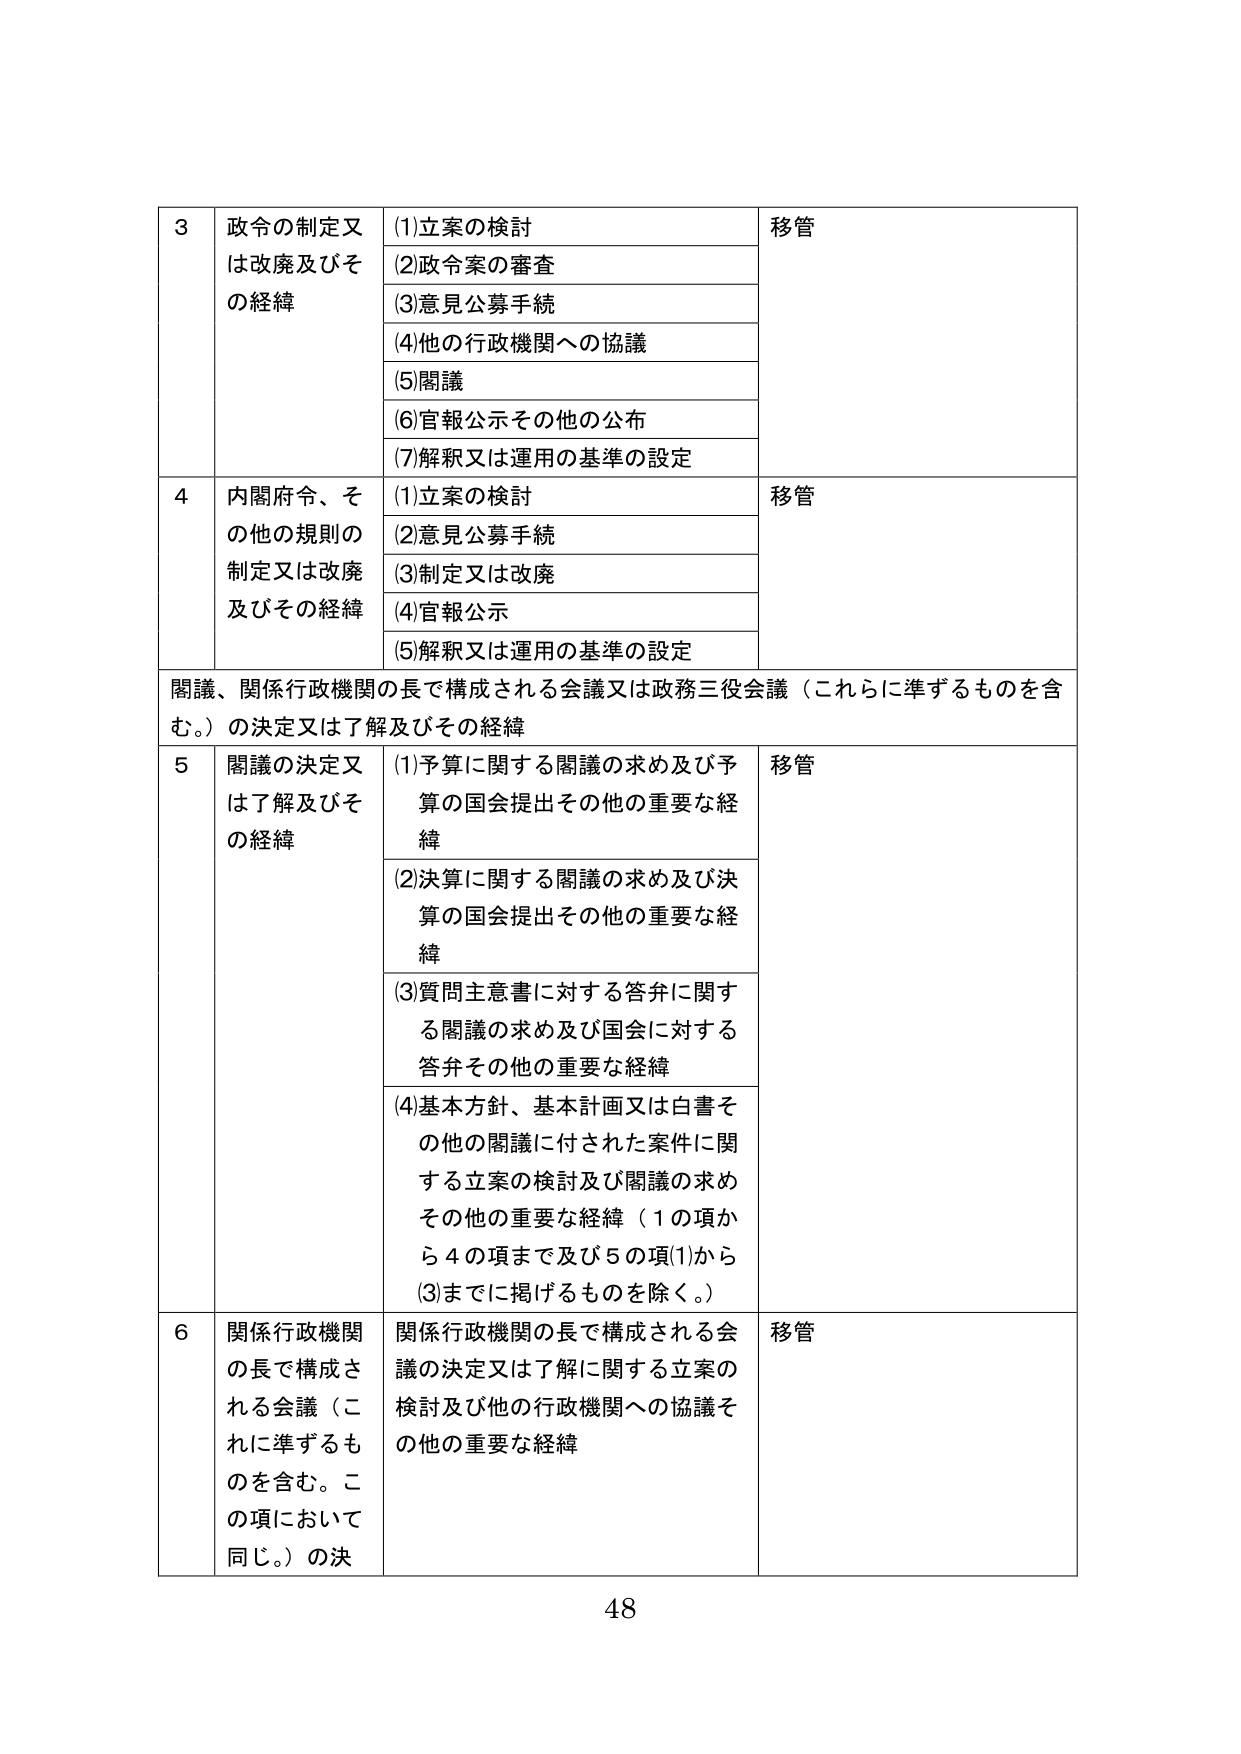
3 政令の制定又は改廃及びその経緯
(1)立案の検討
(2)政令案の審査
(3)意見公募手続
(4)他の行政機関への協議
(5)閣議
(6)官報公示その他の公布
(7)解釈又は運用の基準の設定
移管

4 内閣府令、その他の規則の制定又は改廃及びその経緯
(1)立案の検討
(2)意見公募手続
(3)制定又は改廃
(4)官報公示
(5)解釈又は運用の基準の設定
移管

閣議、関係行政機関の長で構成される会議又は政務三役会議（これらに準ずるものを含む。）の決定又は了解及びその経緯

5 閣議の決定又は了解及びその経緯
(1)予算に関する閣議の求め及び予算の国会提出その他の重要な経緯
(2)決算に関する閣議の求め及び決算の国会提出その他の重要な経緯
(3)質問主意書に対する答弁に関する閣議の求め及び国会に対する答弁その他の重要な経緯
(4)基本方針、基本計画又は白書その他の閣議に付された案件に関する立案の検討及び閣議の求めその他の重要な経緯（1の項から4の項まで及び5の項(1)から(3)までに掲げるものを除く。）
移管

6 関係行政機関の長で構成される会議（これに準ずるものを含む。この項において同じ。）の決
関係行政機関の長で構成される会議の決定又は了解に関する立案の検討及び他の行政機関への協議その他の重要な経緯
移管

48